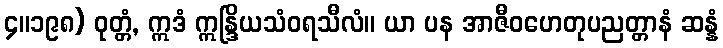
၄။၁၉၈) ဝုတ္တံ, ဣဒံ ဣန္ဒြိယသံဝရသီလံ။ ယာ ပန အာဇီဝဟေတုပညတ္တာနံ ဆန္နံ